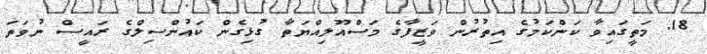
18. މަތީގައިވާ ކަންކަމުގެ އިތުރުން ވަޒީފާގެ މަސްއޫލިއްޔަތާ ގުޅިގެން ކައުންސިލްގެ ރައީސް ނުވަތަ